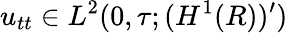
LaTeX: u_{tt}\in L^{2}(0,\tau;(H^{1}(R))^{\prime})